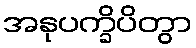
အနုပက္ခိပိတွာ